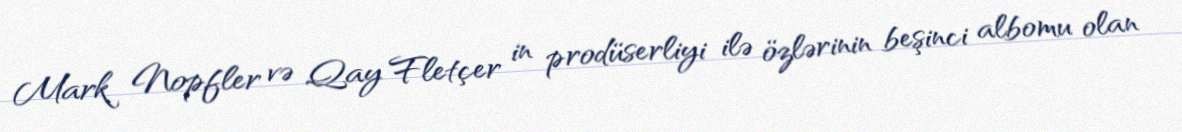
Mark Nopfler və Qay Fletçer in prodüserliyi ilə özlərinin beşinci albomu olan